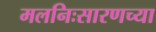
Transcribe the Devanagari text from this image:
मलनिःसारणच्या